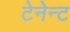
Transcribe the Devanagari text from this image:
टेनेन्ट